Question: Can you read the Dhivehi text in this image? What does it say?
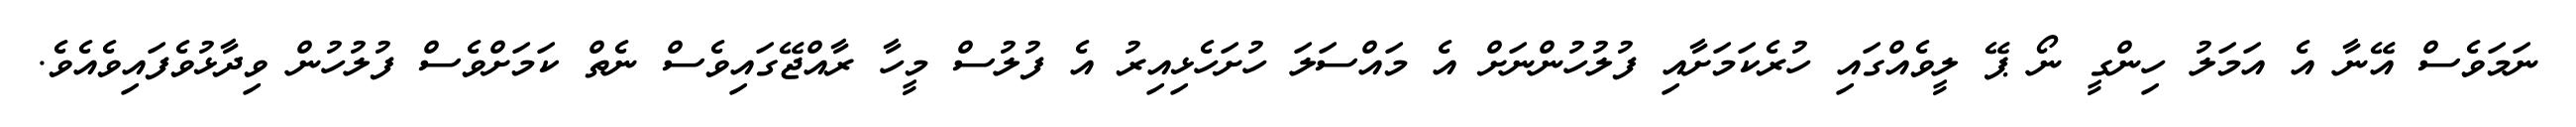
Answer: ނަމަވެސް އޭނާ އެ އަމަލު ހިންގީ ނޯ ޕޭ ލީވެއްގައި ހުރެކަމަށާއި ފުލުހުންނަށް އެ މައްސަލަ ހުށަހެޅިއިރު އެ ފުލުސް މީހާ ރާއްޖޭގައިވެސް ނެތް ކަމަށްވެސް ފުލުހުން ވިދާޅުވެފައިވެއެވެ.